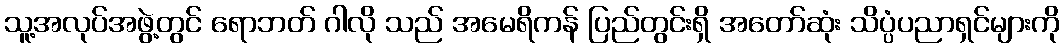
သူ့အလုပ်အဖွဲ့တွင် ရောဘတ် ဂါလို သည် အမေရိကန် ပြည်တွင်းရှိ အတော်ဆုံး သိပ္ပံပညာရှင်များကို